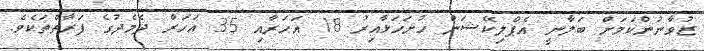
ޒުވާނުންކަމަށް ބަލާނީ އެޕްލިކޭޝަން ހުށަހަޅާއިރު 18 އަހަރާއި 35 އަހަރާ ދެމެދުގެ ފަރާތްތަކެވެ.